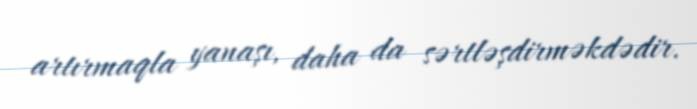
artırmaqla yanaşı, daha da sərtləşdirməkdədir.